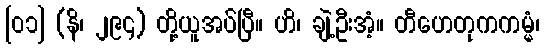
[၀၁] (နိ၊ ၂၉၄) တို့ယူအပ်ပြီ။ ဟိ၊ ချဲ့ဦးအံ့။ တီဟေတုကကမ္မံ၊